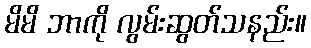
မိမိ ဘာကို လွမ်းဆွတ်သနည်း။